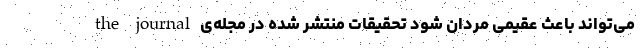
می‌تواند باعث عقیمی مردان شود تحقیقات منتشر شده در مجله‌ی the journal